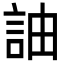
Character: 䛆